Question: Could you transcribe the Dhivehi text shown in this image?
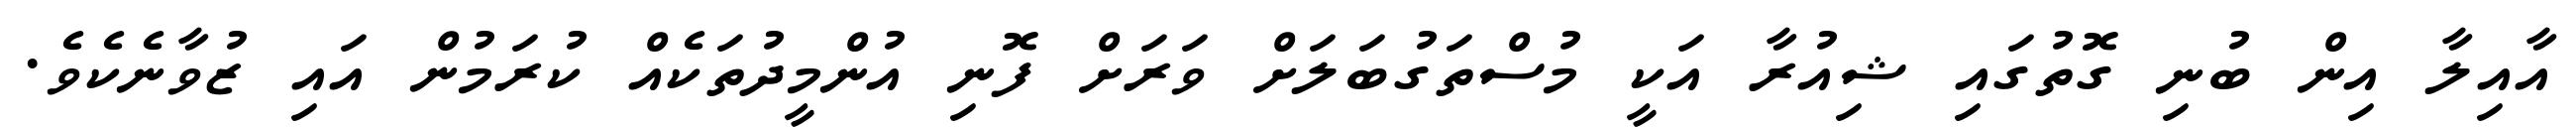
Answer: އާއިލާ އިން ބުނި ގޮތުގައި ޝިއުރާ އަކީ މުސްތަގުބަލަށް ވަރަށް ފޮނި އުންމީދުތަކެއް ކުރަމުން އައި ޒުވާނެކެވެ.